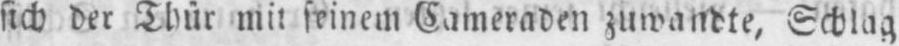
sich der Thür mit seinem Cameraden zuwandte, Schlag